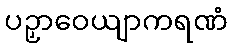
ပဉှာဝေယျာကရဏံ